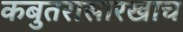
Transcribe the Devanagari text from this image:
कबुतरासारखाच